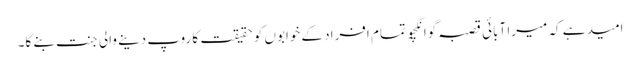
امید ہے کہ میرا آبائی قصبہ گوانگچو تمام افراد کے خوابوں کو حقیقت کا روپ دینے والی جنت بنے گا۔